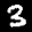
Label: 3